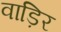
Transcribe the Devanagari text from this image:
वाड़िर